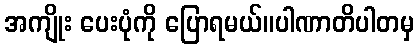
အကျိုး ပေးပုံကို ပြောရမယ်။ပါဏာတိပါတမှ